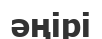
әңірі